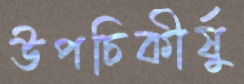
উপচিকীর্ষু